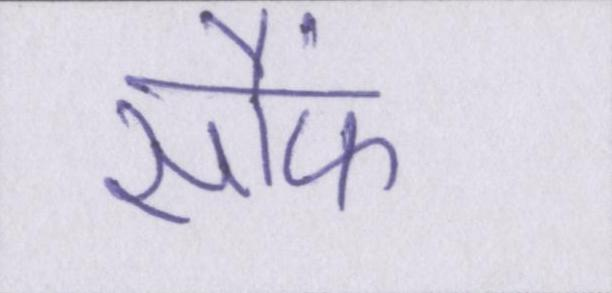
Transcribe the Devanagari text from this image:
सौंफ